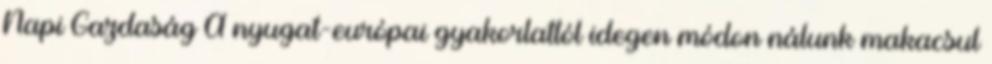
Napi Gazdaság A nyugat-európai gyakorlattól idegen módon nálunk makacsul